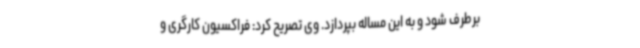
برطرف شود و به این مساله بپردازد. وی تصریح کرد: فراکسیون کارگری و